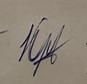
Signature authenticity: forged